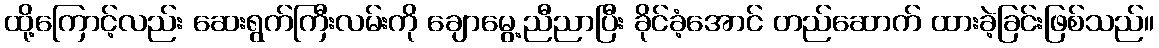
ထို့ကြောင့်လည်း ဆေးရွက်ကြီးလမ်းကို ချောမွေ့ညီညာပြီး ခိုင်ခံ့အောင် တည်ဆောက် ထားခဲ့ခြင်းဖြစ်သည်။